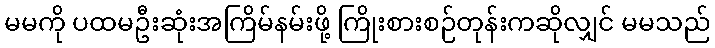
မမကို ပထမဦးဆုံးအကြိမ်နမ်းဖို့ ကြိုးစားစဉ်တုန်းကဆိုလျှင် မမသည်